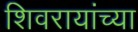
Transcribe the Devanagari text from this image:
शिवरायांच्या